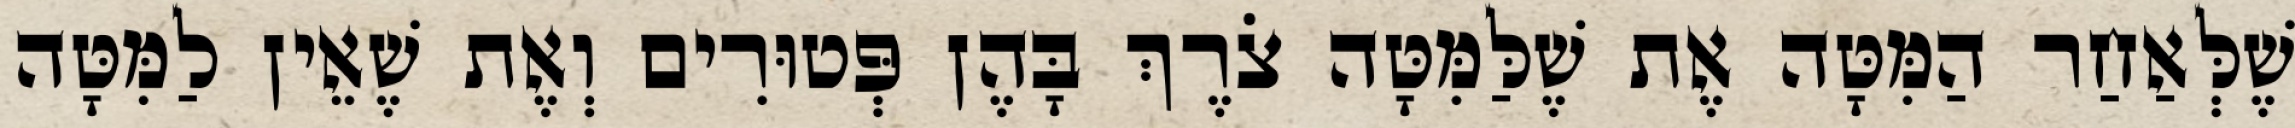
שֶׁלְּאַחַר הַמִּטָּה אֶת שֶׁלַּמִּטָּה צֹרֶךְ בָּהֶן פְּטוּרִים וְאֶת שֶׁאֵין לַמִּטָּה